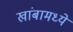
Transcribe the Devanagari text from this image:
खांबामध्ये